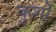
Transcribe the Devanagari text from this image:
कुशों